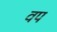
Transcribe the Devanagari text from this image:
वप